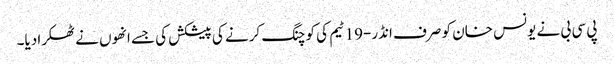
پی سی بی نے یونس خان کو صرف انڈر-19 ٹیم کی کوچنگ کرنے کی پیشکش کی جسے انھوں نے ٹھکرا دیا۔